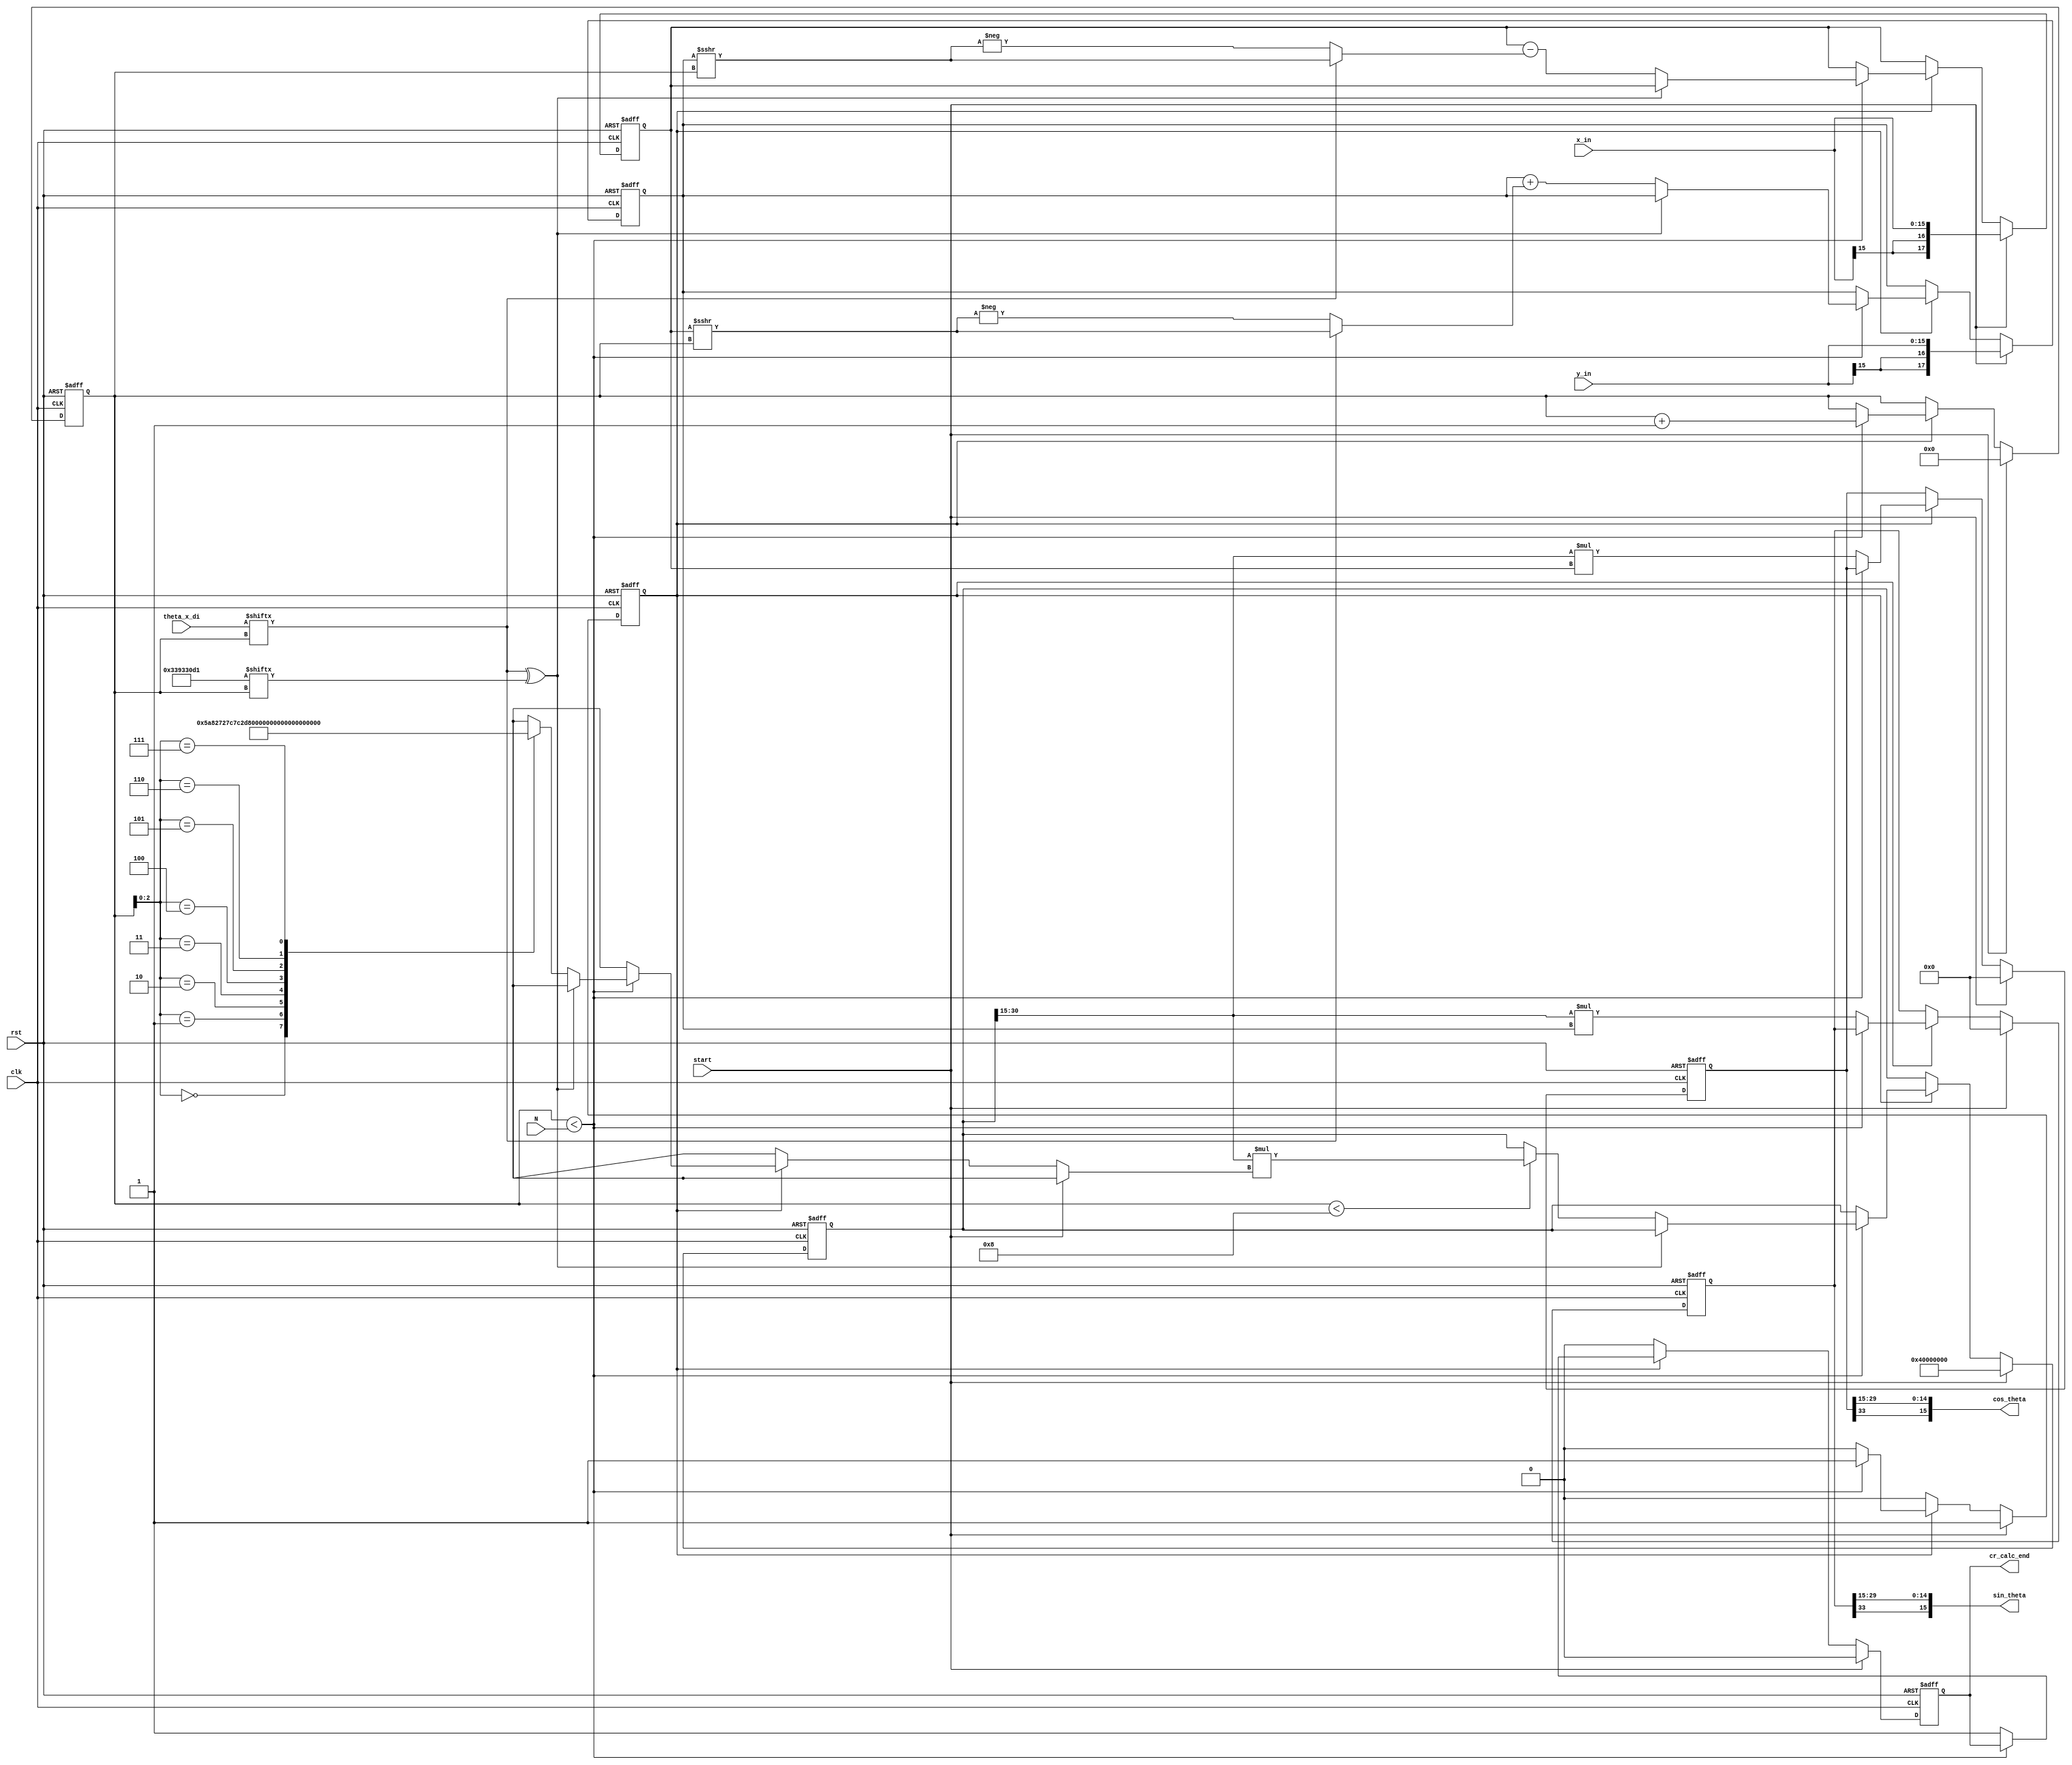
`timescale 1ns / 1ps
//////////////////////////////////////////////////////////////////////////////////
// Company: 
// Engineer: 
// 
// Design Name: 
// Module Name:    CR_CORDIC 
// Project Name: 
// Target Devices: 
// Tool versions: 
// Description: 
//
// Dependencies: 
//
// Revision: 
// Revision 0.01 - File Created
// Additional Comments: 
//
//////////////////////////////////////////////////////////////////////////////////

// Using doubly Pipeline we are finding cos(theta/2)
module CR_CORDIC(
    input clk,
    input rst,
	 input start,
	 input wire signed [15:0] x_in, // q1.15 format//1(sign),15(Fractional)//
	 input wire signed [15:0] y_in,//q1.15 format
	 input wire [31:0] theta_x_di,
	 input [7:0] N, //No_of_iterations
	 output reg cr_calc_end,
	 output signed [15:0] cos_theta,//q1.15 format
	 output signed [15:0] sin_theta//q1.15 format
    );
	 
//parameter width = 18;
wire [31:0] theta_zero_di; 
assign theta_zero_di = 32'b00110011100100110011000011010001; //di=01110100111100110011011000110011--> reverse it --> 11001100011011001100111100101110	
								// 11001100011011001100111100101110 --> inverse it --> 
								// 00110011100100110011000011010001
reg signed [17:0] x;
reg signed [17:0] y;
reg signed [33:0] x_scale;
reg signed [33:0] y_scale;
//reg [2*width-1:0] K;
reg signed [31:0] K;//q2.30
reg [7:0] itn_cnt;
reg [7:0] rot_cnt;
reg start_latch;

// Generate table of arctan values
wire signed [15:0] cos_table [0:7];
                          

assign cos_table[00] = 16'h5A82; // 45.000 degrees -> cos(atan(2^0))//q1.15
assign cos_table[01] = 16'h727C; // 26.565 degrees -> cos atan(2^-1)
assign cos_table[02] = 16'h7C2D; // 14.036 degrees -> cos atan(2^-2)
assign cos_table[03] = 16'h7F02; // atan(2^-3)
assign cos_table[04] = 16'h7FC0;
assign cos_table[05] = 16'h7FF0;
assign cos_table[06] = 16'h7FFC;
assign cos_table[07] = 16'h7FFF;
  
  
//  	assign cos_theta = 	{x_scale[31],x_scale[27:13]};//q1.15
//	assign sin_theta = 	{y_scale[31],y_scale[27:13]};  	
	
	assign cos_theta = 	{x_scale[33],x_scale[29:15]};//q1.15
	assign sin_theta = 	{y_scale[33],y_scale[29:15]};

always @ (posedge clk or negedge rst) begin
  if(!rst) begin
	  x 			<= 18'h0000;
	  y 			<= 18'h0000;
	  x_scale 	<= 32'h00000000;
	  y_scale 	<= 32'h00000000;
	  itn_cnt 	<= 8'h00;
	  rot_cnt 	<= 8'h00;
	  K			<= 32'h00000000;
	  start_latch	<= 1'b0;	
	  cr_calc_end	<= 1'b0;	
	end
  else if(start) begin
	  x	<= {{2{x_in[15]}},x_in};   // q3.15//1sign 2int 15 fractional bit
	  y	<= {{2{y_in[15]}},y_in};  // q3.15
	  x_scale 			<= 34'h00000000;
	  y_scale 			<= 34'h00000000;
	  start_latch		<= 1'b1;	
	  cr_calc_end		<= 1'b0;
	  rot_cnt			<= 8'h00;
	  itn_cnt 			<= 8'h00;
	  K					<= 32'h40000000;// 'h40000000=1//q2.30
	end
  else begin//!start
		if((start_latch)) begin
			if(itn_cnt<N) begin
			  itn_cnt	<= itn_cnt + 1;
        if(~(theta_x_di[itn_cnt]^theta_zero_di[itn_cnt]))	begin//xnor(theta_x_di[itn_cnt],theta_zero_di[itn_cnt])=1 //theta_x_di[itn_cnt]==0
				  x <= x - (theta_x_di[itn_cnt] == 0 ? -(y >>> itn_cnt) : (y >>> itn_cnt));
				  y <= y + (theta_x_di[itn_cnt] == 0 ? -(x >>> itn_cnt) : (x >>> itn_cnt));
				  K <= itn_cnt<8 ? ({K[30],K[29:15]}*cos_table[itn_cnt]) : K;//k=q2.30//K=32'h26DC5D64 for 0.6072
				  rot_cnt	<= rot_cnt +1;
				end
			end
			else begin
			  x_scale	<= $signed({K[30],K[29:15]})*x;//q1.15 * q3.15=q4.30
			  y_scale  <= $signed({K[30],K[29:15]})*y;	
			  cr_calc_end	<= 1'b1;
			  start_latch	<= 0;
			end
		end	
		else if(cr_calc_end) begin
		  cr_calc_end	<= 1'b0;	
		end
	end	
end
endmodule